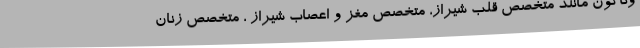
وناگون مانند متخصص قلب شیراز، متخصص مغز و اعصاب شیراز ، متخصص زنان